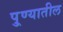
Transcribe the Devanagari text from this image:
पु्ण्यातील